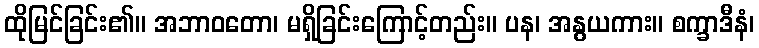
ထိုမြင်ခြင်း၏။ အဘာဝတော၊ မရှိခြင်းကြောင့်တည်း။ ပန၊ အနွယကား။ စက္ခာဒီနံ၊